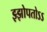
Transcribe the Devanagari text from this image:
झ्झोपतोऽऽ